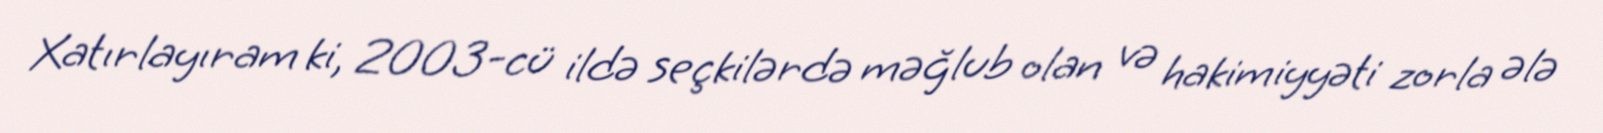
Xatırlayıram ki, 2003-cü ildə seçkilərdə məğlub olan və hakimiyyəti zorla ələ